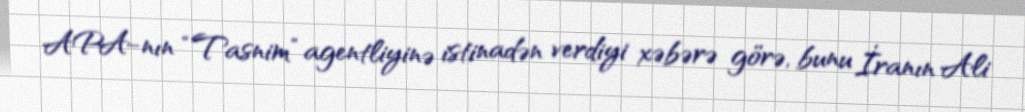
APA-nın “Tasnim” agentliyinə istinadən verdiyi xəbərə görə, bunu İranın Ali